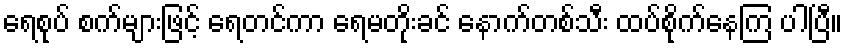
ရေစုပ် စက်များဖြင့် ရေတင်ကာ ရေမတိုးခင် နောက်တစ်သီး ထပ်စိုက်နေကြ ပါပြီ။